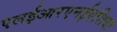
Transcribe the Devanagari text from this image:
एलईआरएनईएशिया